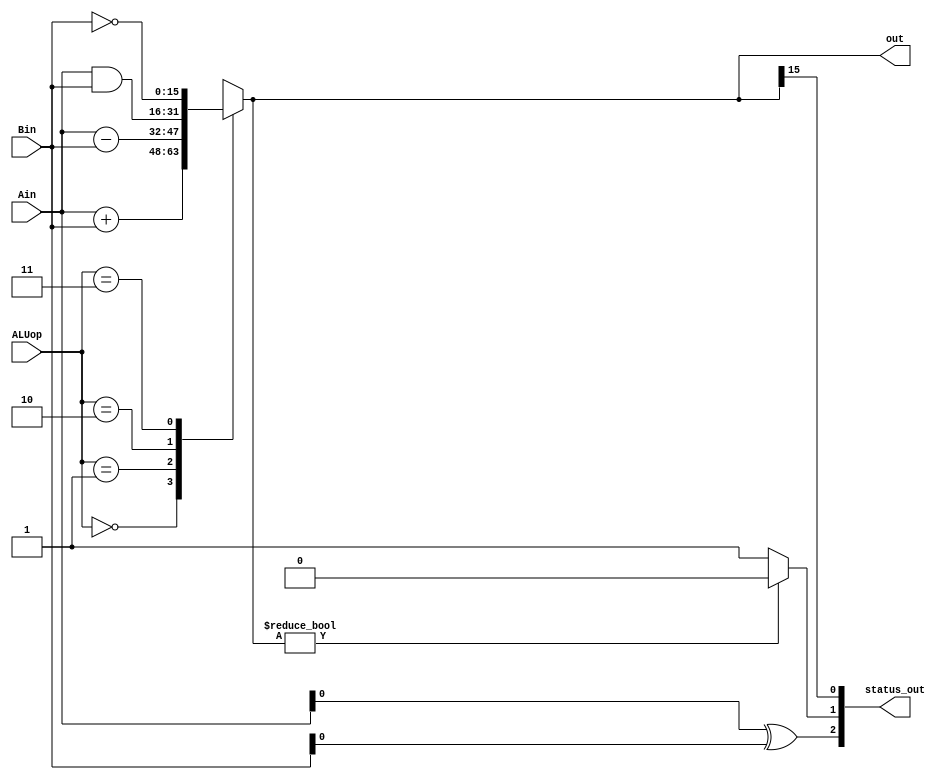
module alu(Ain, Bin, ALUop, out, status_out);
  input [15:0] Ain, Bin;
  input [1:0] ALUop;
  output [15:0] out;
  output [2:0] status_out; // Lab 6

  reg [15:0] out;
  
  // ALU instructions with according 2bit input. 
  always@(*) begin
    casex(ALUop)
	2'b00: out = Ain + Bin;
	2'b01: out = Ain - Bin;
	2'b10: out = Ain & Bin;
	2'b11: out = ~Bin;
	default out = 16'd0;
    endcase
  end

  assign status_out[0] = out[15];  	//negative,  	[N]
  assign status_out[1] = out ? 0 : 1; 	//zero,  	[Z]
  assign status_out[2] = Ain ^ Bin;  	//overflow,	[V]

endmodule